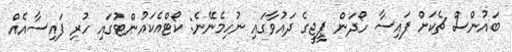
ބައުންސް ޗެކަށް ފައިސާ ހޯދަން ޕީޖީގެ ދައުވާގައި ނުހިމެނޭނެ: ކޯޓްއެކައުންޓުގައި ހުރި ފައިސާއެއް